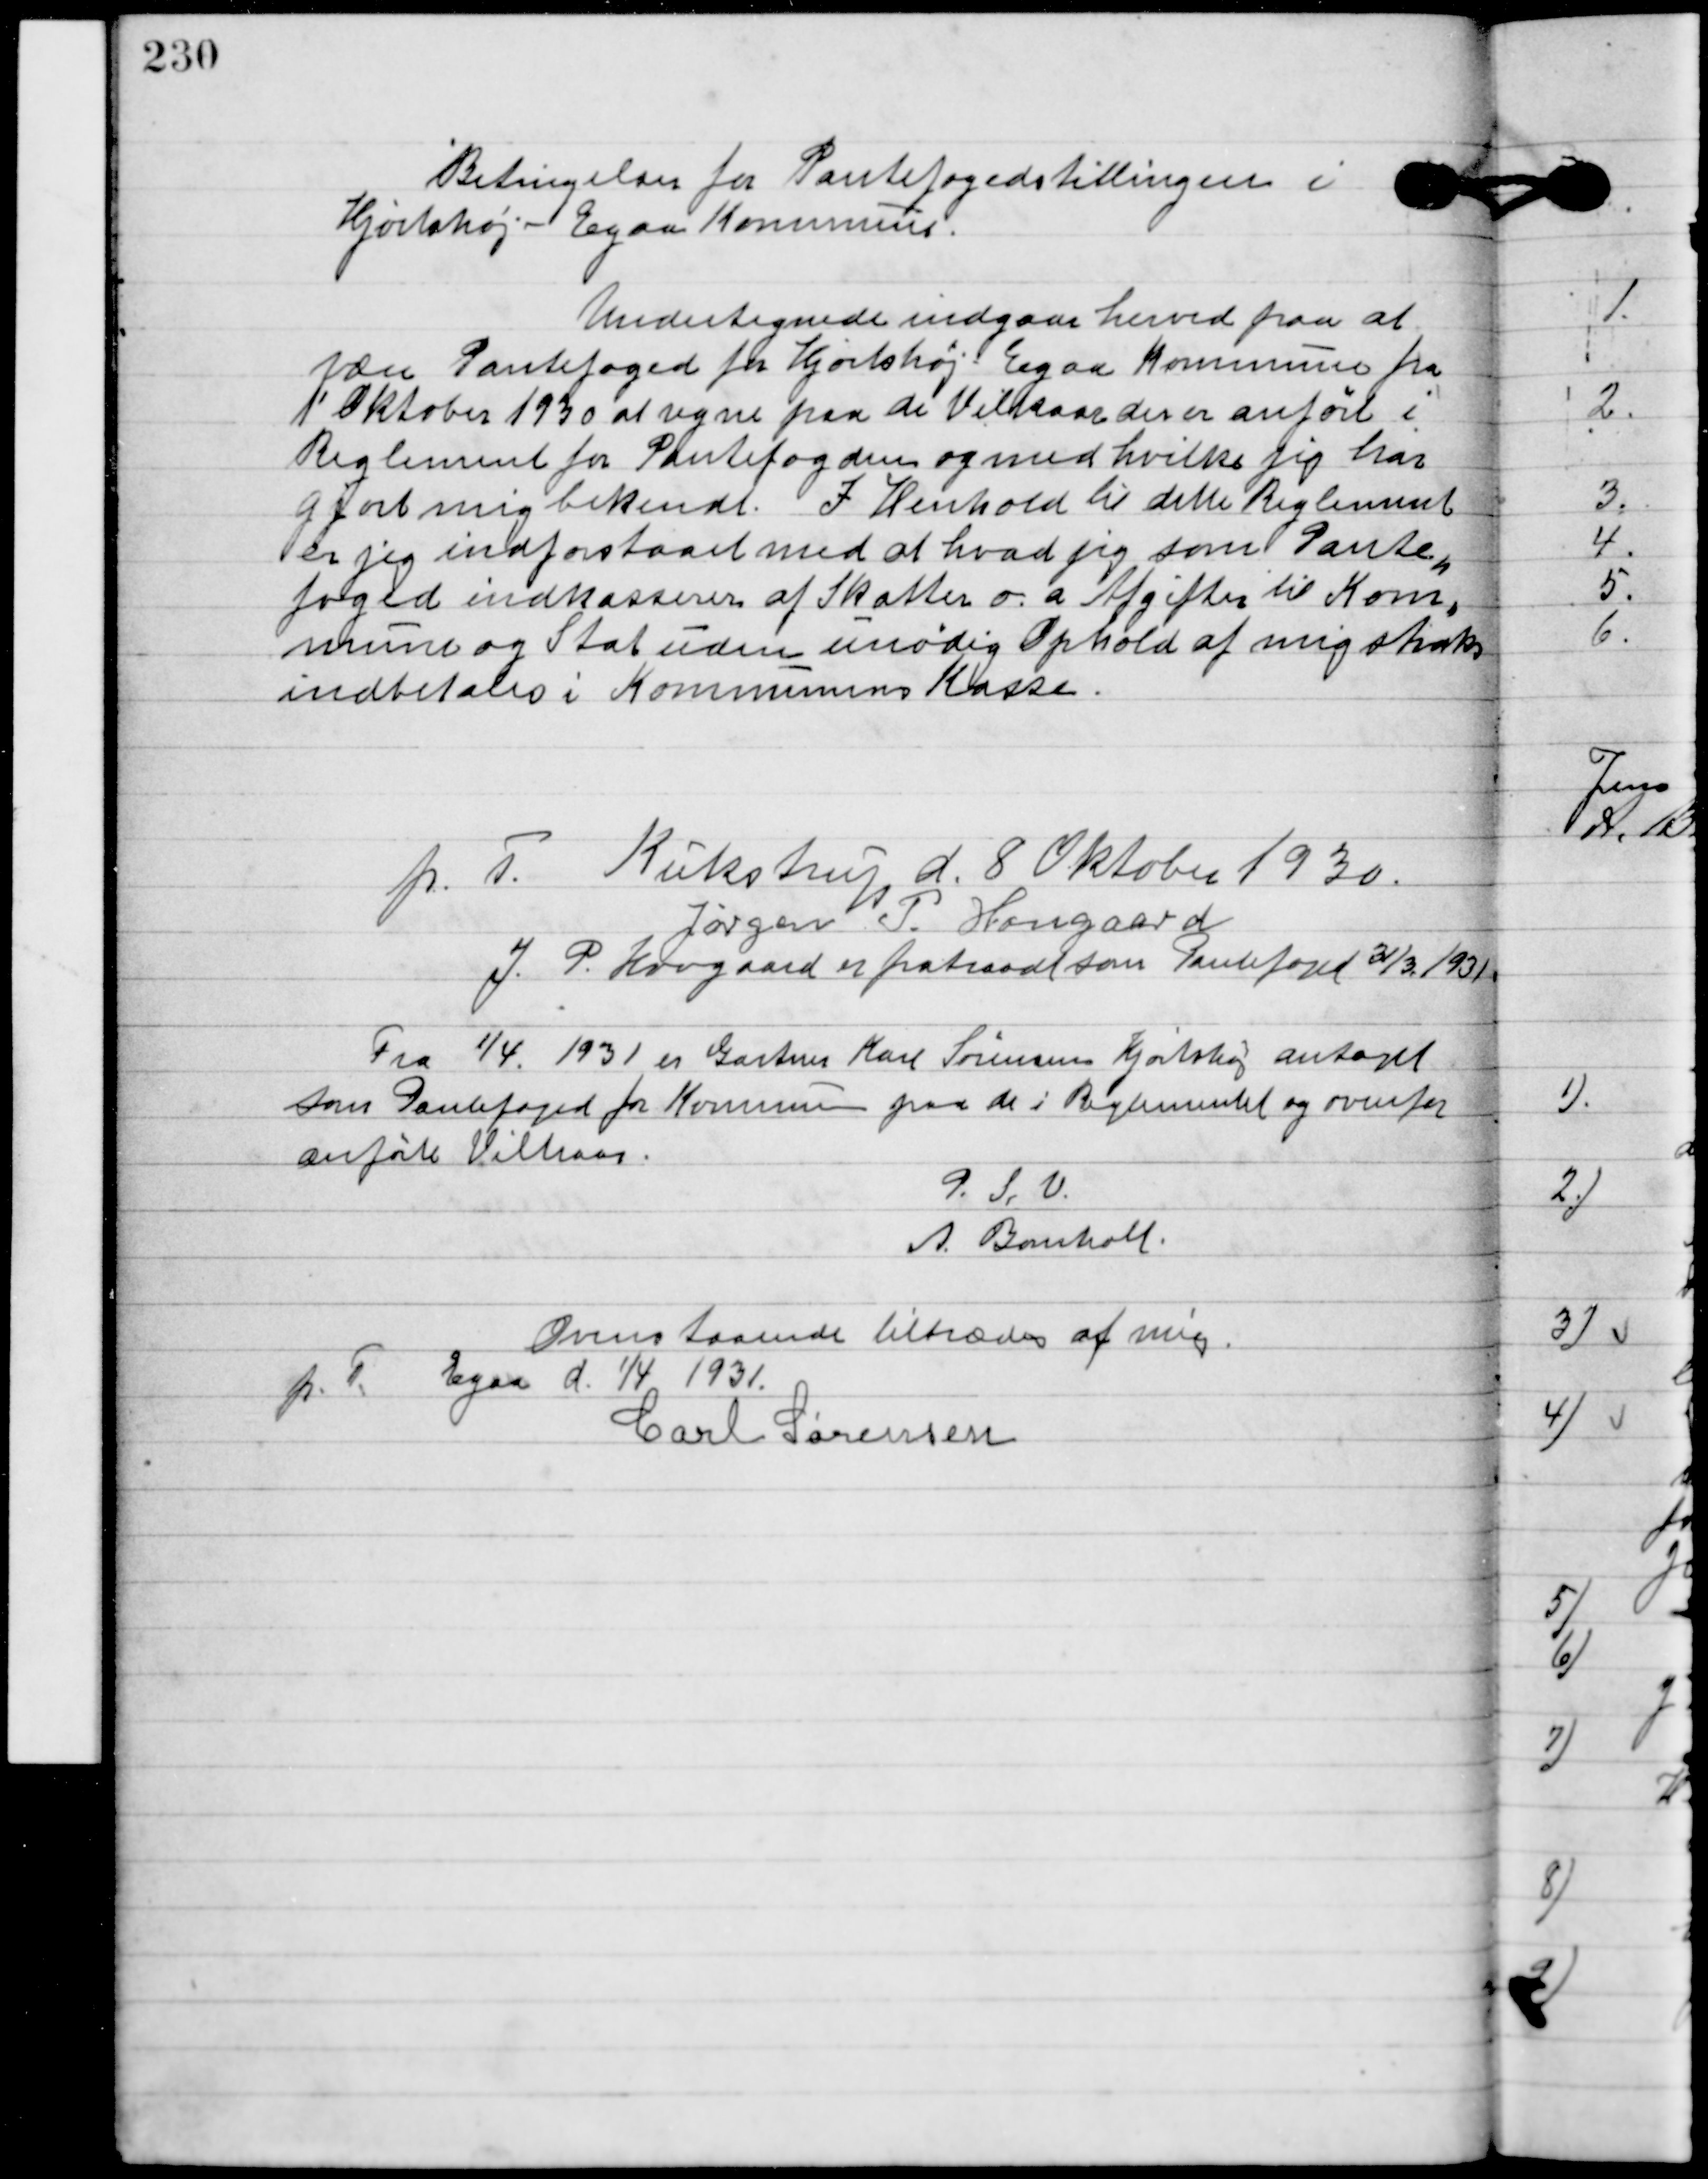
Transskription:
Betingelser for Pantefogedstillingen i
Hjortshøj-Egaa kommune.
Undertegnede indgaar herved paa at
yde Pantefoged for Hjortshøj Egaa kommune fra
1´ Oktober 1930 at regne paa de Vilkaar der er anført i
Reglementet for Pantefogeden og med hvilke jeg har
 gjort mig bekendt. I henhold til dette Reglement
er jeg indforstaaet med at hvad jeg som Pante-
foged indkasserer af Skatter o. a. Afgifter til Kom-
munen og Stat uden unødig Ophold af mig straks
indbetaler i Kommunens Kasse.
p. T. Kukstrup d. 8. Oktober 1930.
Jørgen P. Hougaard
J. P. Hougaard er fratraadt som Pantefoged 31/3 1931.

Fra 1/4. 1931 er Gartner Karl Sørensen Hjortshøj antaget
som Pantefoged for Kommunen paa de i Reglementet og ovenfor
anførte Vilkaar.
P.S.V
A. Bomholt.

Ovenstaaende tiltrodes af mig
p. T. Egaa d. 1/4 1931.
Carl Sørensen